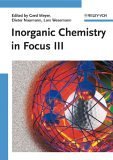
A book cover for Inorganic Chemistry in Focus III; Science & Math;